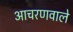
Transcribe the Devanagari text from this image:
आचरणवाले